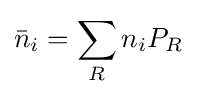
{\bar {n}}_{i}=\sum _{R}n_{i}P_{R}